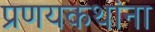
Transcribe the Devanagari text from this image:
प्रणयकथांना